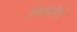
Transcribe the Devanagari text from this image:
कीर्तवीर्य